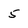
Character: 5